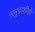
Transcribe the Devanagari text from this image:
समुद्राशीही